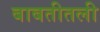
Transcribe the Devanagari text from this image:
बाबतीतली